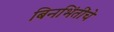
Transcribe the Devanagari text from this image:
बिनभिंतींचे